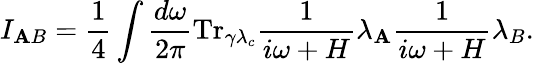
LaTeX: I_{\mathbf{A}B}=\frac{{1}}{{4}}\int\frac{{d\omega}}{{2\pi}}\mathrm{{Tr}}_{\gamma\lambda_{c}}{\frac{{1}}{{i\omega+H}}\lambda_{\mathbf{A}}\frac{{1}}{{i\omega+H}}\lambda_{B}}.